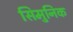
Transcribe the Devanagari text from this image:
सिमुनिक